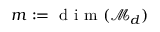
m : = \mathrm { ~ d ~ i ~ m ~ } ( \mathcal { M } _ { d } )